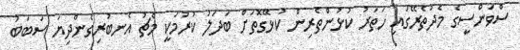
ސްވަންސީގެ މެދުތެރޭގައި ހަތަރު ކުޅުންތެރިން ކުޅޭގޮތަށް ބަދަލު ކުރުމަކީ މެޗު އެނބުރިގެންދިޔަ ސަބަބު